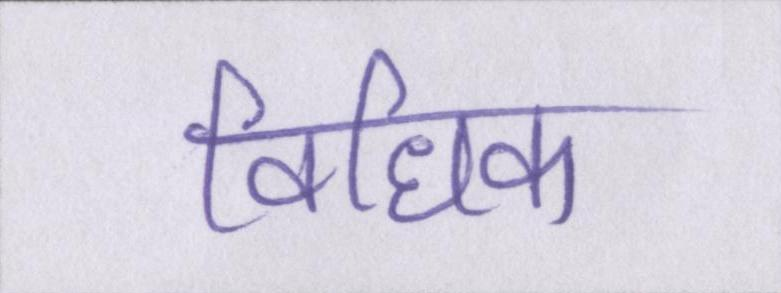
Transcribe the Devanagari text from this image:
विधिक